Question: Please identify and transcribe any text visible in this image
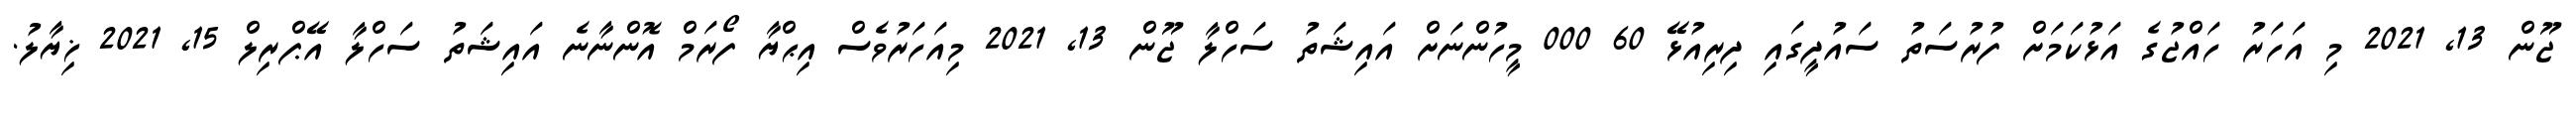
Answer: ޖޫން 13, 2021 މި އަހަރު ހައްޖުގެ އަޅުކަމަށް ފުރުސަތު ސައުދީގައި ދިރިއުޅޭ 60 000 މީހުންނަށް އައިޝަތު ސަހްލާ ޖޫން 13, 2021 މިއަހަރުވެސް އިޙްޔާ ފޯރަމް އޮންނާނެ އައިޝަތު ސަހްލާ އޭޕްރިލް 15, 2021 ޚިޔާލު.